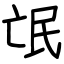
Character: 氓